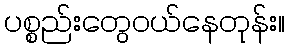
ပစ္စည်းတွေဝယ်နေတုန်း။